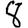
Digit: 8